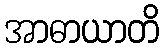
အာဓာယာတိ